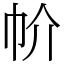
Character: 㠹